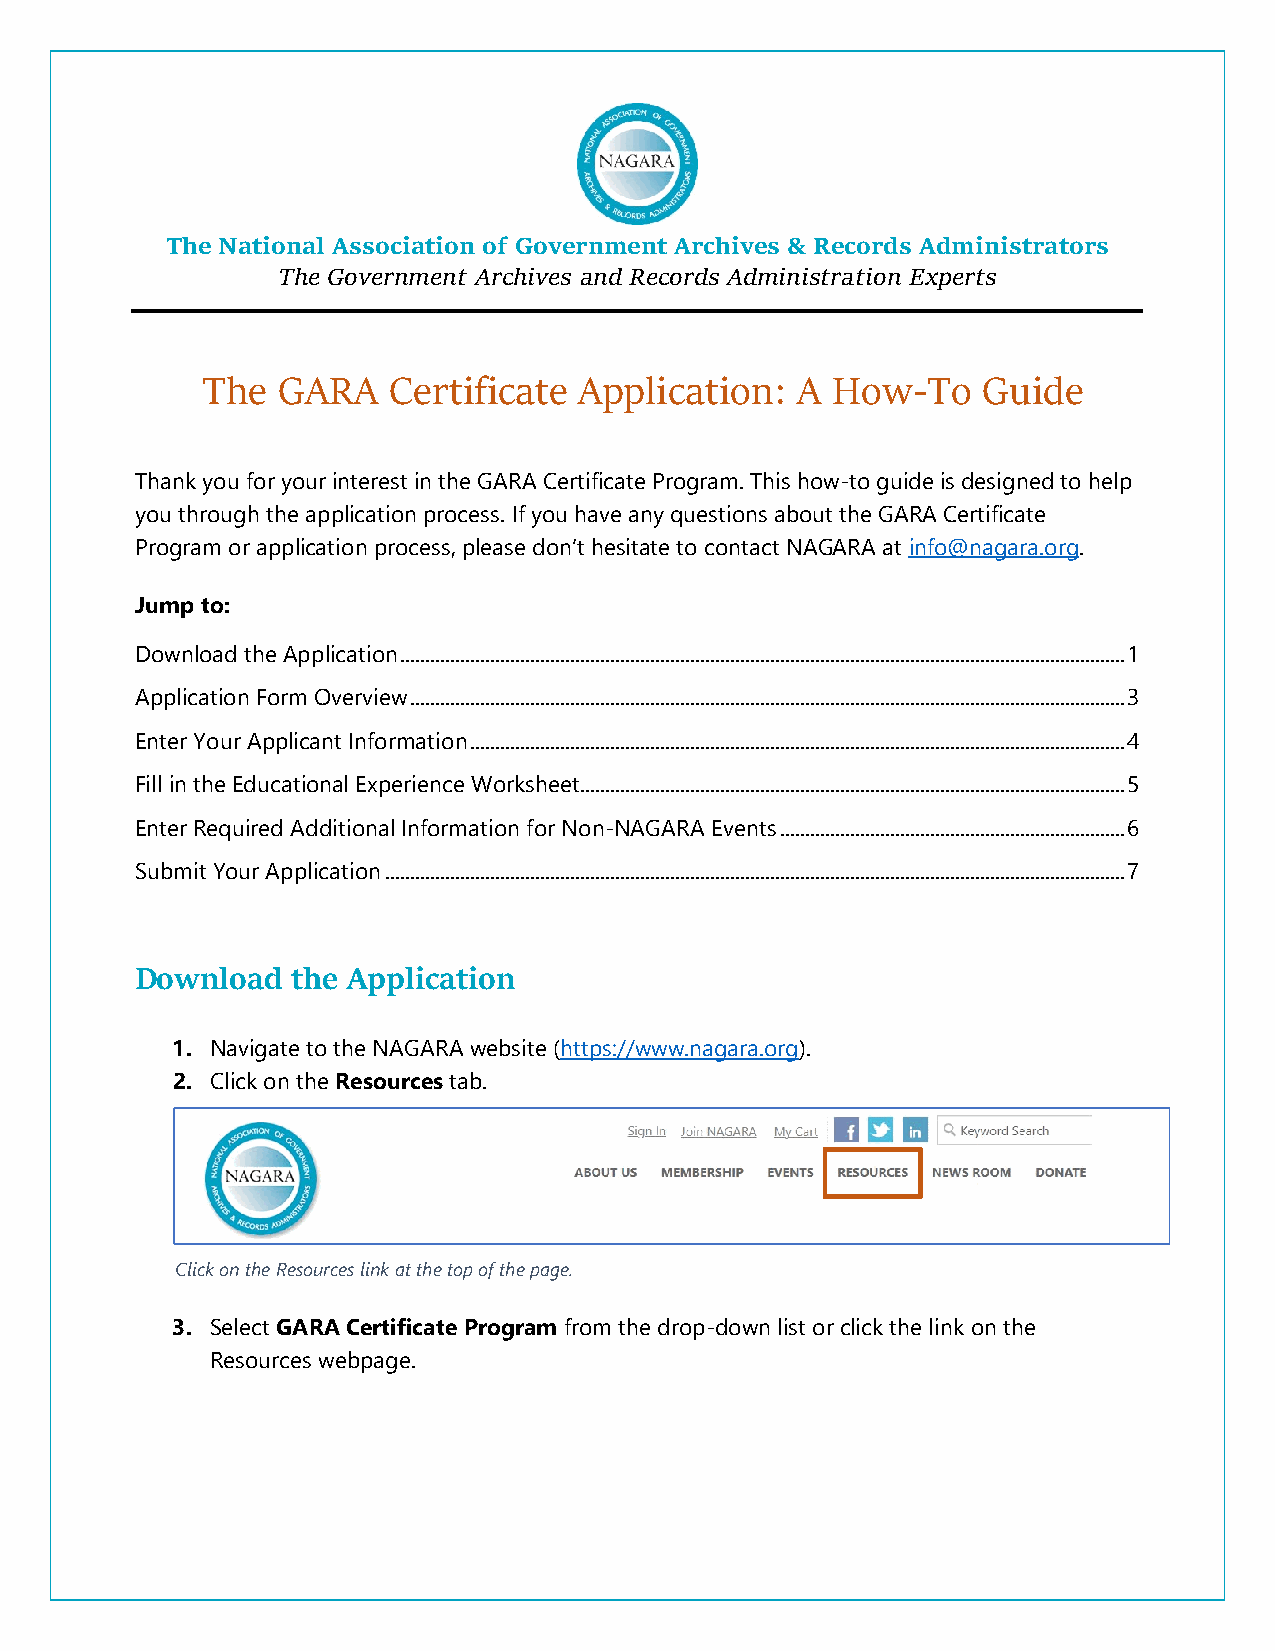
The National Association of Government Archives & Records Administrators
 The Government Archives and Records Administration Experts
 The  GARA    Certificate Application:   A How-To    Guide
 Thank you for your interest in the GARA Certificate Program. This how-to guide is designed to help
 you through the application process. If you have any questions about the GARA Certificate
 Program or application process, please don’t hesitate to contact NAGARA at info@nagara.org.
 Jump to:
 Download the Application ................................................................................................................................................. 1
 Application Form Overview ............................................................................................................................................... 3
 Enter Your Applicant Information ................................................................................................................................... 4
 Fill in the Educational Experience Worksheet ............................................................................................................. 5
 Enter Required Additional Information for Non-NAGARA Events ..................................................................... 6
 Submit Your Application .................................................................................................................................................... 7
 Download  the Application
 1. Navigate to the NAGARA website (https://www.nagara.org).
 2. Click on the Resources tab.
 Click on the Resources link at the top of the page.
 3. Select GARA Certificate Program from the drop-down list or click the link on the
 Resources webpage.